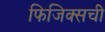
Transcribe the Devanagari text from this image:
फिजिक्सची